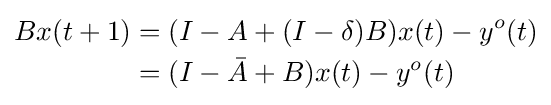
{\begin{aligned}Bx(t+1)&=(I-A+(I-\delta )B)x(t)-y^{o}(t)\\&=(I-{\bar {A}}+B)x(t)-y^{o}(t)\end{aligned}}